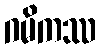
ဂမိကဿ